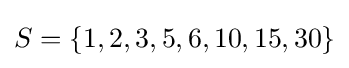
S=\{1,2,3,5,6,10,15,30\}